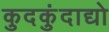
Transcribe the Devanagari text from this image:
कुदकुंदाद्यो